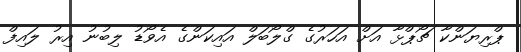
ޕްރިޔަންކާ ޗޯޕްޅާ އަށް އަހަރުގެ ގްލޯބަލް އައިކަންގެ އެވޯޑު ލިބުނު އިރު ލައިފް